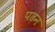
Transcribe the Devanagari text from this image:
पढ़न